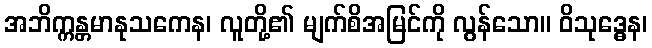
အဘိက္ကန္တမာနုသကေန၊ လူတို့၏ မျက်စိအမြင်ကို လွန်သော။ ဝိသုဒ္ဓေန၊